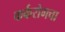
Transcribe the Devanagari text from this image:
कर्करोगचा